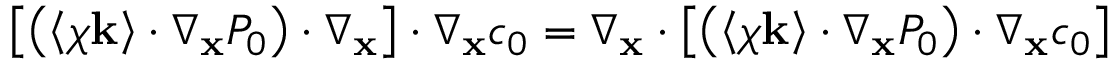
\left[ \left( \left\langle \boldsymbol \chi \mathbf k \right\rangle \cdot \nabla _ { \mathbf x } P _ { 0 } \right) \cdot \nabla _ { \mathbf x } \right] \cdot \nabla _ { \mathbf x } c _ { 0 } = \nabla _ { \mathbf x } \cdot \left[ \left( \left\langle \boldsymbol \chi \mathbf k \right\rangle \cdot \nabla _ { \mathbf x } P _ { 0 } \right) \cdot \nabla _ { \mathbf x } c _ { 0 } \right]